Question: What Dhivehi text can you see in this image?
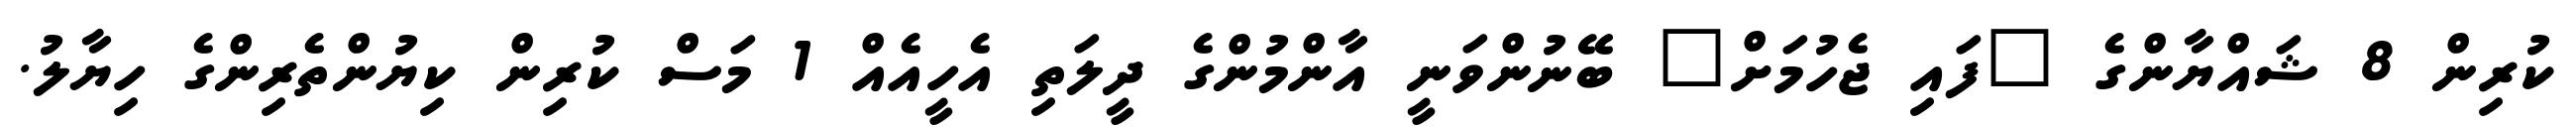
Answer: ކުރިން 8 ޝައްޔާންގެ "ފައި ޖެހުމަށް" ބޭނުންވަނީ އާންމުންގެ ދީލަތި އެހީއެއް 1 މަސް ކުރިން ކިޔުންތެރިންގެ ހިޔާލު.